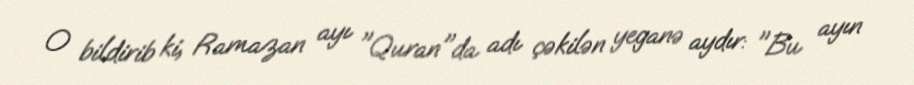
O bildirib ki, Ramazan ayı "Quran"da adı çəkilən yeganə aydır: "Bu ayın